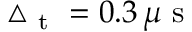
\triangle _ { \mathrm { ~ t ~ } } = 0 . 3 \, \mu \mathrm { ~ s ~ }